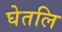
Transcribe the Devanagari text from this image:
घेतलि